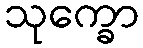
သုက္ခော